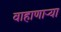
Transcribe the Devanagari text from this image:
वाहाणाऱ्या